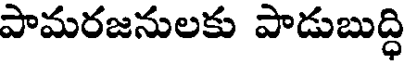
పామరజనులకు పాడుబుద్ధి